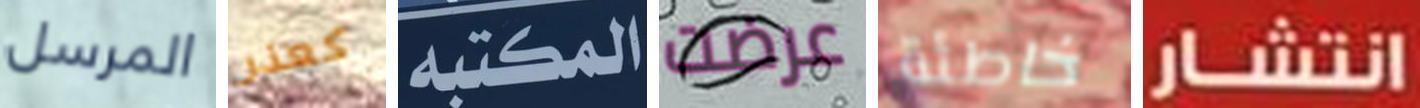
المرسل كعذر المكتبه عرضت خاطئة انتشار